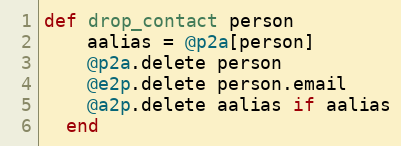
Language: Ruby
def drop_contact person
    aalias = @p2a[person]
    @p2a.delete person
    @e2p.delete person.email
    @a2p.delete aalias if aalias
  end